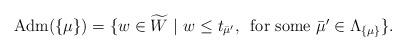
LaTeX: \begin{align*} {\rm Adm}(\{ \mu \}) = \{ w \in \widetilde{W} ~ | ~ w \leq t_{\bar{\mu}'}, \,\,\, \mbox{for some $\bar{\mu}' \in \Lambda_{\{ \mu \}}$} \}.\end{align*}